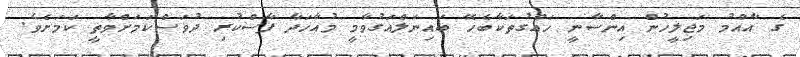
ގެ އާއްމު މަޖިލީހުން އިންސާނީ ހައްގުތަކާބެހޭ ބައިނަލްއަގުވާމީ މުއާހަދާ ފާސްކުރި ދުވަސްކަމަށްވާތީ ކަމަށެވެ.